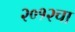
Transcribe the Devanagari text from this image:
२०१२चा